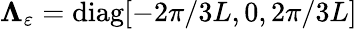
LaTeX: \mathbf{\Lambda}_{\varepsilon}=\mathrm{diag}[-2\pi/3L,0,2\pi/3L]